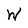
Character: W